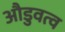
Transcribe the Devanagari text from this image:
औडुवत्व